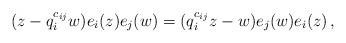
LaTeX: \begin{align*} (z-q_i^{c_{ij}}w)e_i(z)e_j(w)=(q_i^{c_{ij}}z-w)e_j(w)e_i(z) \,,\end{align*}